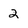
Character: 2